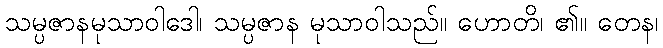
သမ္ပဇာနမုသာဝါဒေါ၊ သမ္ပဇာန မုသာဝါသည်။ ဟောတိ၊ ၏။ တေန၊